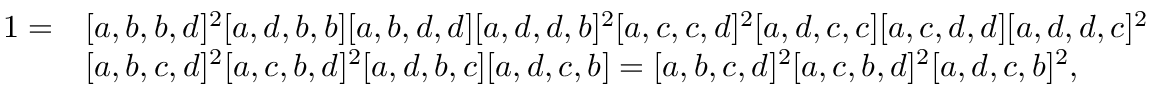
\begin{array} { r l } { 1 = } & { [ a , b , b , d ] ^ { 2 } [ a , d , b , b ] [ a , b , d , d ] [ a , d , d , b ] ^ { 2 } [ a , c , c , d ] ^ { 2 } [ a , d , c , c ] [ a , c , d , d ] [ a , d , d , c ] ^ { 2 } } \\ & { [ a , b , c , d ] ^ { 2 } [ a , c , b , d ] ^ { 2 } [ a , d , b , c ] [ a , d , c , b ] = [ a , b , c , d ] ^ { 2 } [ a , c , b , d ] ^ { 2 } [ a , d , c , b ] ^ { 2 } , } \end{array}